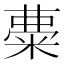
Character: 𥺠